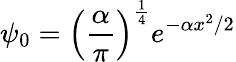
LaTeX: \psi_{0}=\left({\frac{\alpha}{\pi}}\right)^{\frac{1}{4}}e^{-\alpha x^{2}/2}